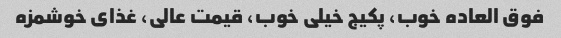
فوق العاده خوب، پکیج خیلی خوب، قیمت عالی، غذای خوشمزه